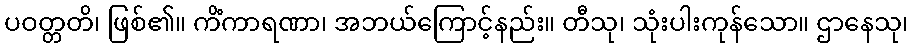
ပဝတ္တတိ၊ ဖြစ်၏။ ကိံကာရဏာ၊ အဘယ်ကြောင့်နည်း။ တီသု၊ သုံးပါးကုန်သော။ ဌာနေသု၊